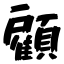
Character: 顧